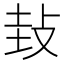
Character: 㪈